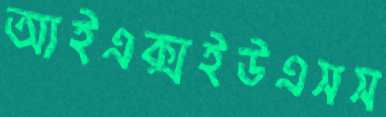
আইএক্সইউএসস